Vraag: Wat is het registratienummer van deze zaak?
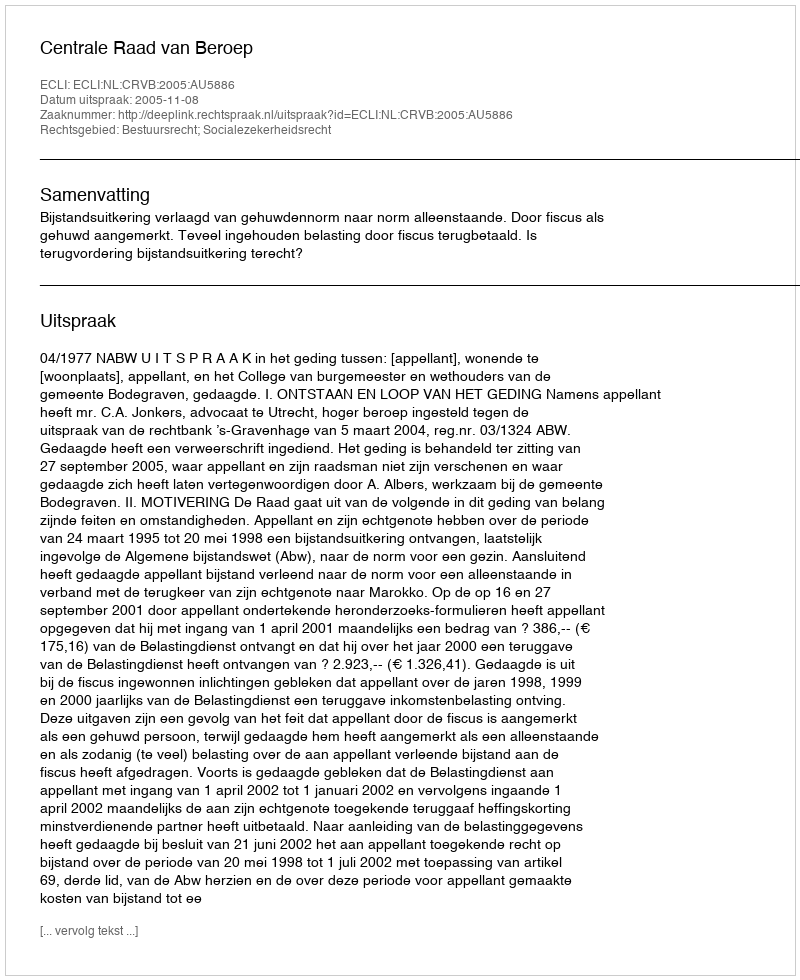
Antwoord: http://deeplink.rechtspraak.nl/uitspraak?id=ECLI:NL:CRVB:2005:AU5886